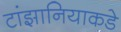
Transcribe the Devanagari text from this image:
टांझानियाकडे